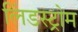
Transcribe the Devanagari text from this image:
लिंडस्ट्रोम